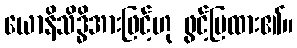
ယောနိသိဒ္ဓိအားဖြင့်ဟု ဖွင့်ပြထား၏။